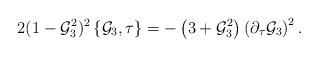
LaTeX: \begin{align*}2(1-{\cal G}_3^2)^2\left\{{\cal G}_3,\tau\right\}=-\left(3+{\cal G}_3^2\right)\left(\partial_\tau{\cal G}_3\right)^2.\end{align*}